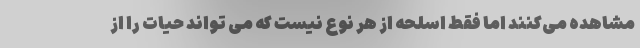
مشاهده می‌کنند اما فقط اسلحه از هر نوع نیست که می تواند حیات را از